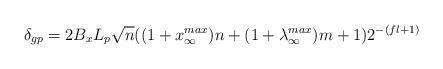
LaTeX: \begin{align*}\delta_{gp} = 2B_xL_p\sqrt{n}((1 + x_{\infty}^{max})n + (1 + \lambda_{\infty}^{max})m + 1)2^{-(fl+1)}\end{align*}